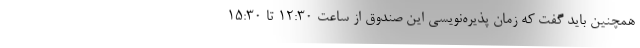
همچنین باید گفت که زمان پذیره‌نویسی این صندوق از ساعت 12:30 تا 15:30